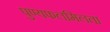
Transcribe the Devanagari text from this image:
पुण्यफलमिलता